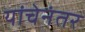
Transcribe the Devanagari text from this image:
यांचेनंतर